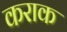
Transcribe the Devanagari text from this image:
कराक